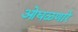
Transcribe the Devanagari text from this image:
ओघळणारे